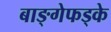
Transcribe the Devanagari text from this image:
बाङ्गेफड्के